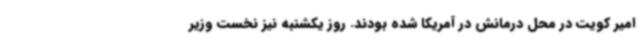
امیر کویت در محل درمانش در آمریکا شده بودند. روز یکشنبه نیز نخست وزیر